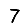
Digit: 7